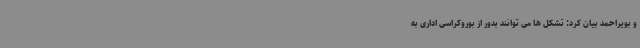
و بویراحمد بیان کرد: تشکل ها می توانند بدور از بوروکراسی اداری به